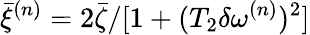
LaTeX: \bar{\xi}^{(n)}=2\bar{\zeta}/[1+(T_{2}\delta\omega^{(n)})^{2}]